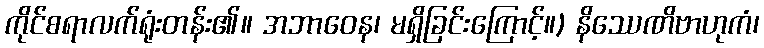
ကိုင်စရာလက်ရုံးတန်း၏။ အဘာဝေန၊ မရှိခြင်းကြောင့်။) နိဿေဏိဗာဟုကံ၊